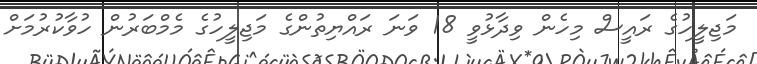
މަޖިލީހުގެ ރައީސް މިހެން ވިދާޅުވީ 18 ވަނަ ރައްޔިތުންގެ މަޖިލީހުގެ މެމްބަރުން ހުވާކުރުމަށް